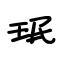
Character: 珉